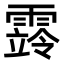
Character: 䨧